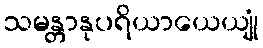
သမန္တာနုပရိယာယေယျုံ